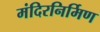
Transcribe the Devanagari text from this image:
मंदिरनिर्मिण